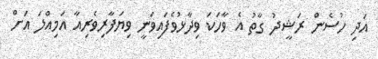
އަދި ހުސެން ރަޝީދު ގާތު އެ ވާހަކަ ވިދާޅުވެފައިވަނީ ވިޔަފާރިވެރިއާ އަމިއްލަ އަށް